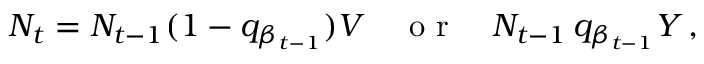
N _ { t } = N _ { t - 1 } ( 1 - q _ { \beta _ { t - 1 } } ) V \quad \textrm { o r } \quad N _ { t - 1 } \, q _ { \beta _ { t - 1 } } Y \, ,